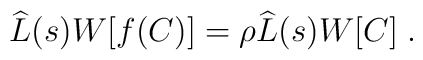
\widehat{L}(s)W[f(C)]=\rho \widehat{L}(s)W[C]\; .